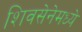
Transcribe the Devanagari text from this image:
शिवसेनेमध्ये